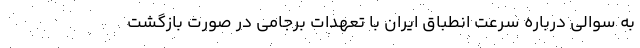
به سوالی درباره سرعت انطباق ایران با تعهدات برجامی در صورت بازگشت